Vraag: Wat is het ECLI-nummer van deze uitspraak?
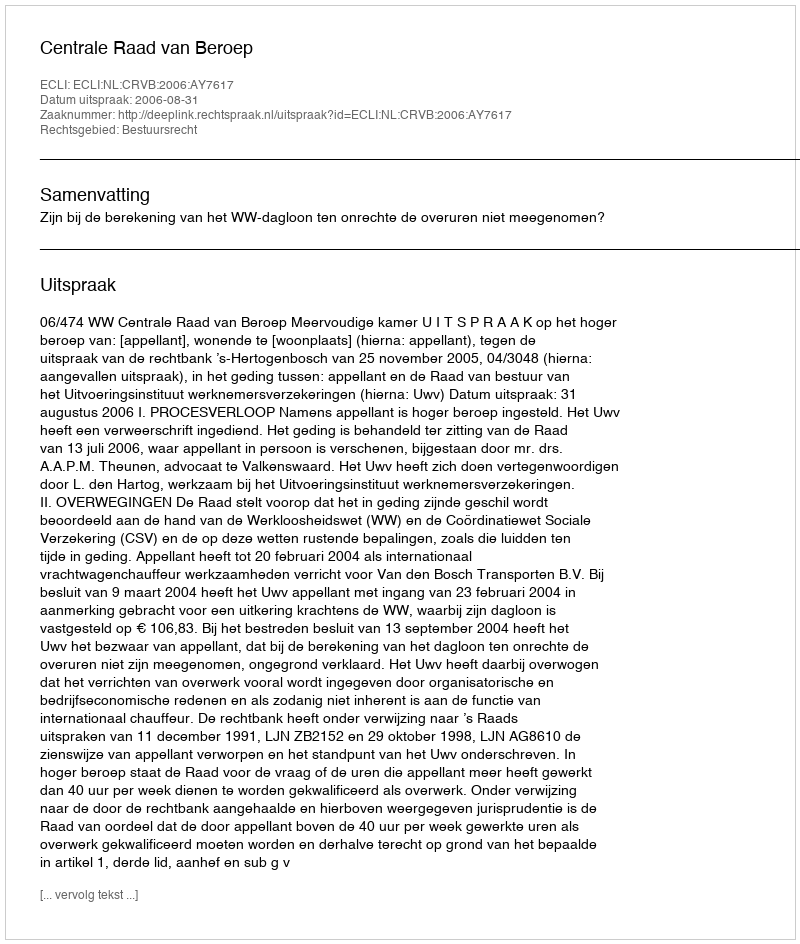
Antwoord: ECLI:NL:CRVB:2006:AY7617